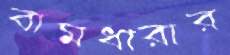
বামধারার